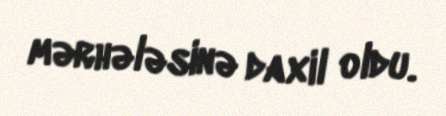
mərhələsinə daxil oldu.